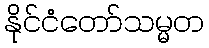
နိုင်ငံတော်သမ္မတ